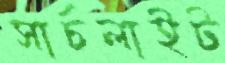
সার্চলাইট